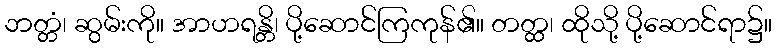
ဘတ္တံ၊ ဆွမ်းကို။ အာဟရန္တိ၊ ပို့ဆောင်ကြကုန်၏။ တတ္ထ၊ ထိုသို့ ပို့ဆောင်ရာ၌။